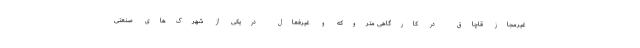
غیرمجاز قاچاق در کارگاهی متروکه و غیرفعال دریکی از شهرک‌های صنعتی